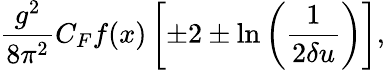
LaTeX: \frac{g^{2}}{8\pi^{2}}C_{F}f(x)\left[\pm 2\pm\ln\left(\frac{1}{2\delta u}\right)\right],